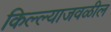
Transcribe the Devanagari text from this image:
किल्ल्याजवळील